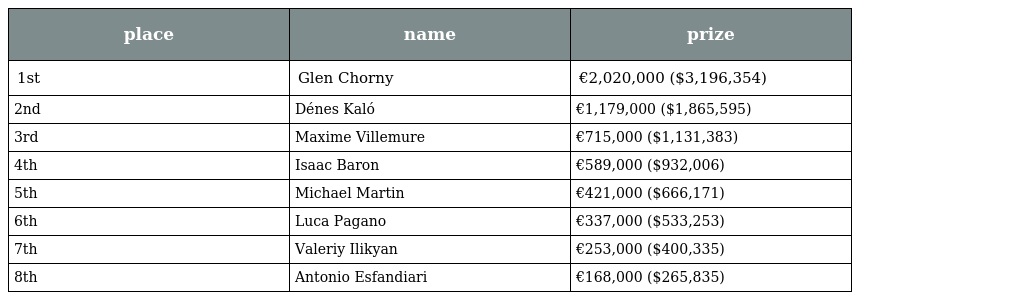
| place | name | prize |
 | --- | --- | --- |
 | 1st | Glen Chorny | €2,020,000 ($3,196,354) |
 | 2nd | Dénes Kaló | €1,179,000 ($1,865,595) |
 | 3rd | Maxime Villemure | €715,000 ($1,131,383) |
 | 4th | Isaac Baron | €589,000 ($932,006) |
 | 5th | Michael Martin | €421,000 ($666,171) |
 | 6th | Luca Pagano | €337,000 ($533,253) |
 | 7th | Valeriy Ilikyan | €253,000 ($400,335) |
 | 8th | Antonio Esfandiari | €168,000 ($265,835) |